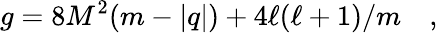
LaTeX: g=8M^{2}(m-|q|)+4\ell(\ell+1)/m\quad,